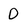
Character: 0